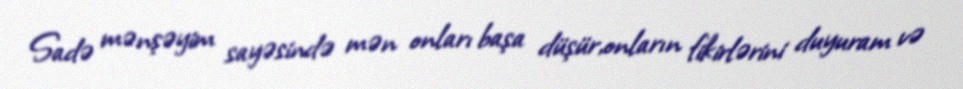
Sadə mənşəyim sayəsində mən onları başa düşür,onların fikirlərini duyuram və